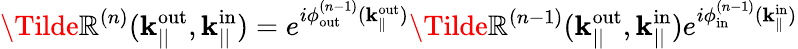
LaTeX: \Tilde{\mathbb{R}}^{(n)}(\mathbf{{k}}_{||}^{\mathrm{{out}}},\mathbf{{k}}_{||}^{\mathrm{{in}}})=e^{i\phi_{\mathrm{{out}}}^{(n-1)}(\mathbf{{k}}_{\parallel}^{\mathrm{{out}}})}\Tilde{\mathbb{R}}^{(n-1)}(\mathbf{{k}}_{||}^{\mathrm{{out}}},\mathbf{{k}}_{||}^{\mathrm{{in}}})e^{i\phi_{\mathrm{{in}}}^{(n-1)}(\mathbf{{k}}_{\parallel}^{\mathrm{{in}}})}